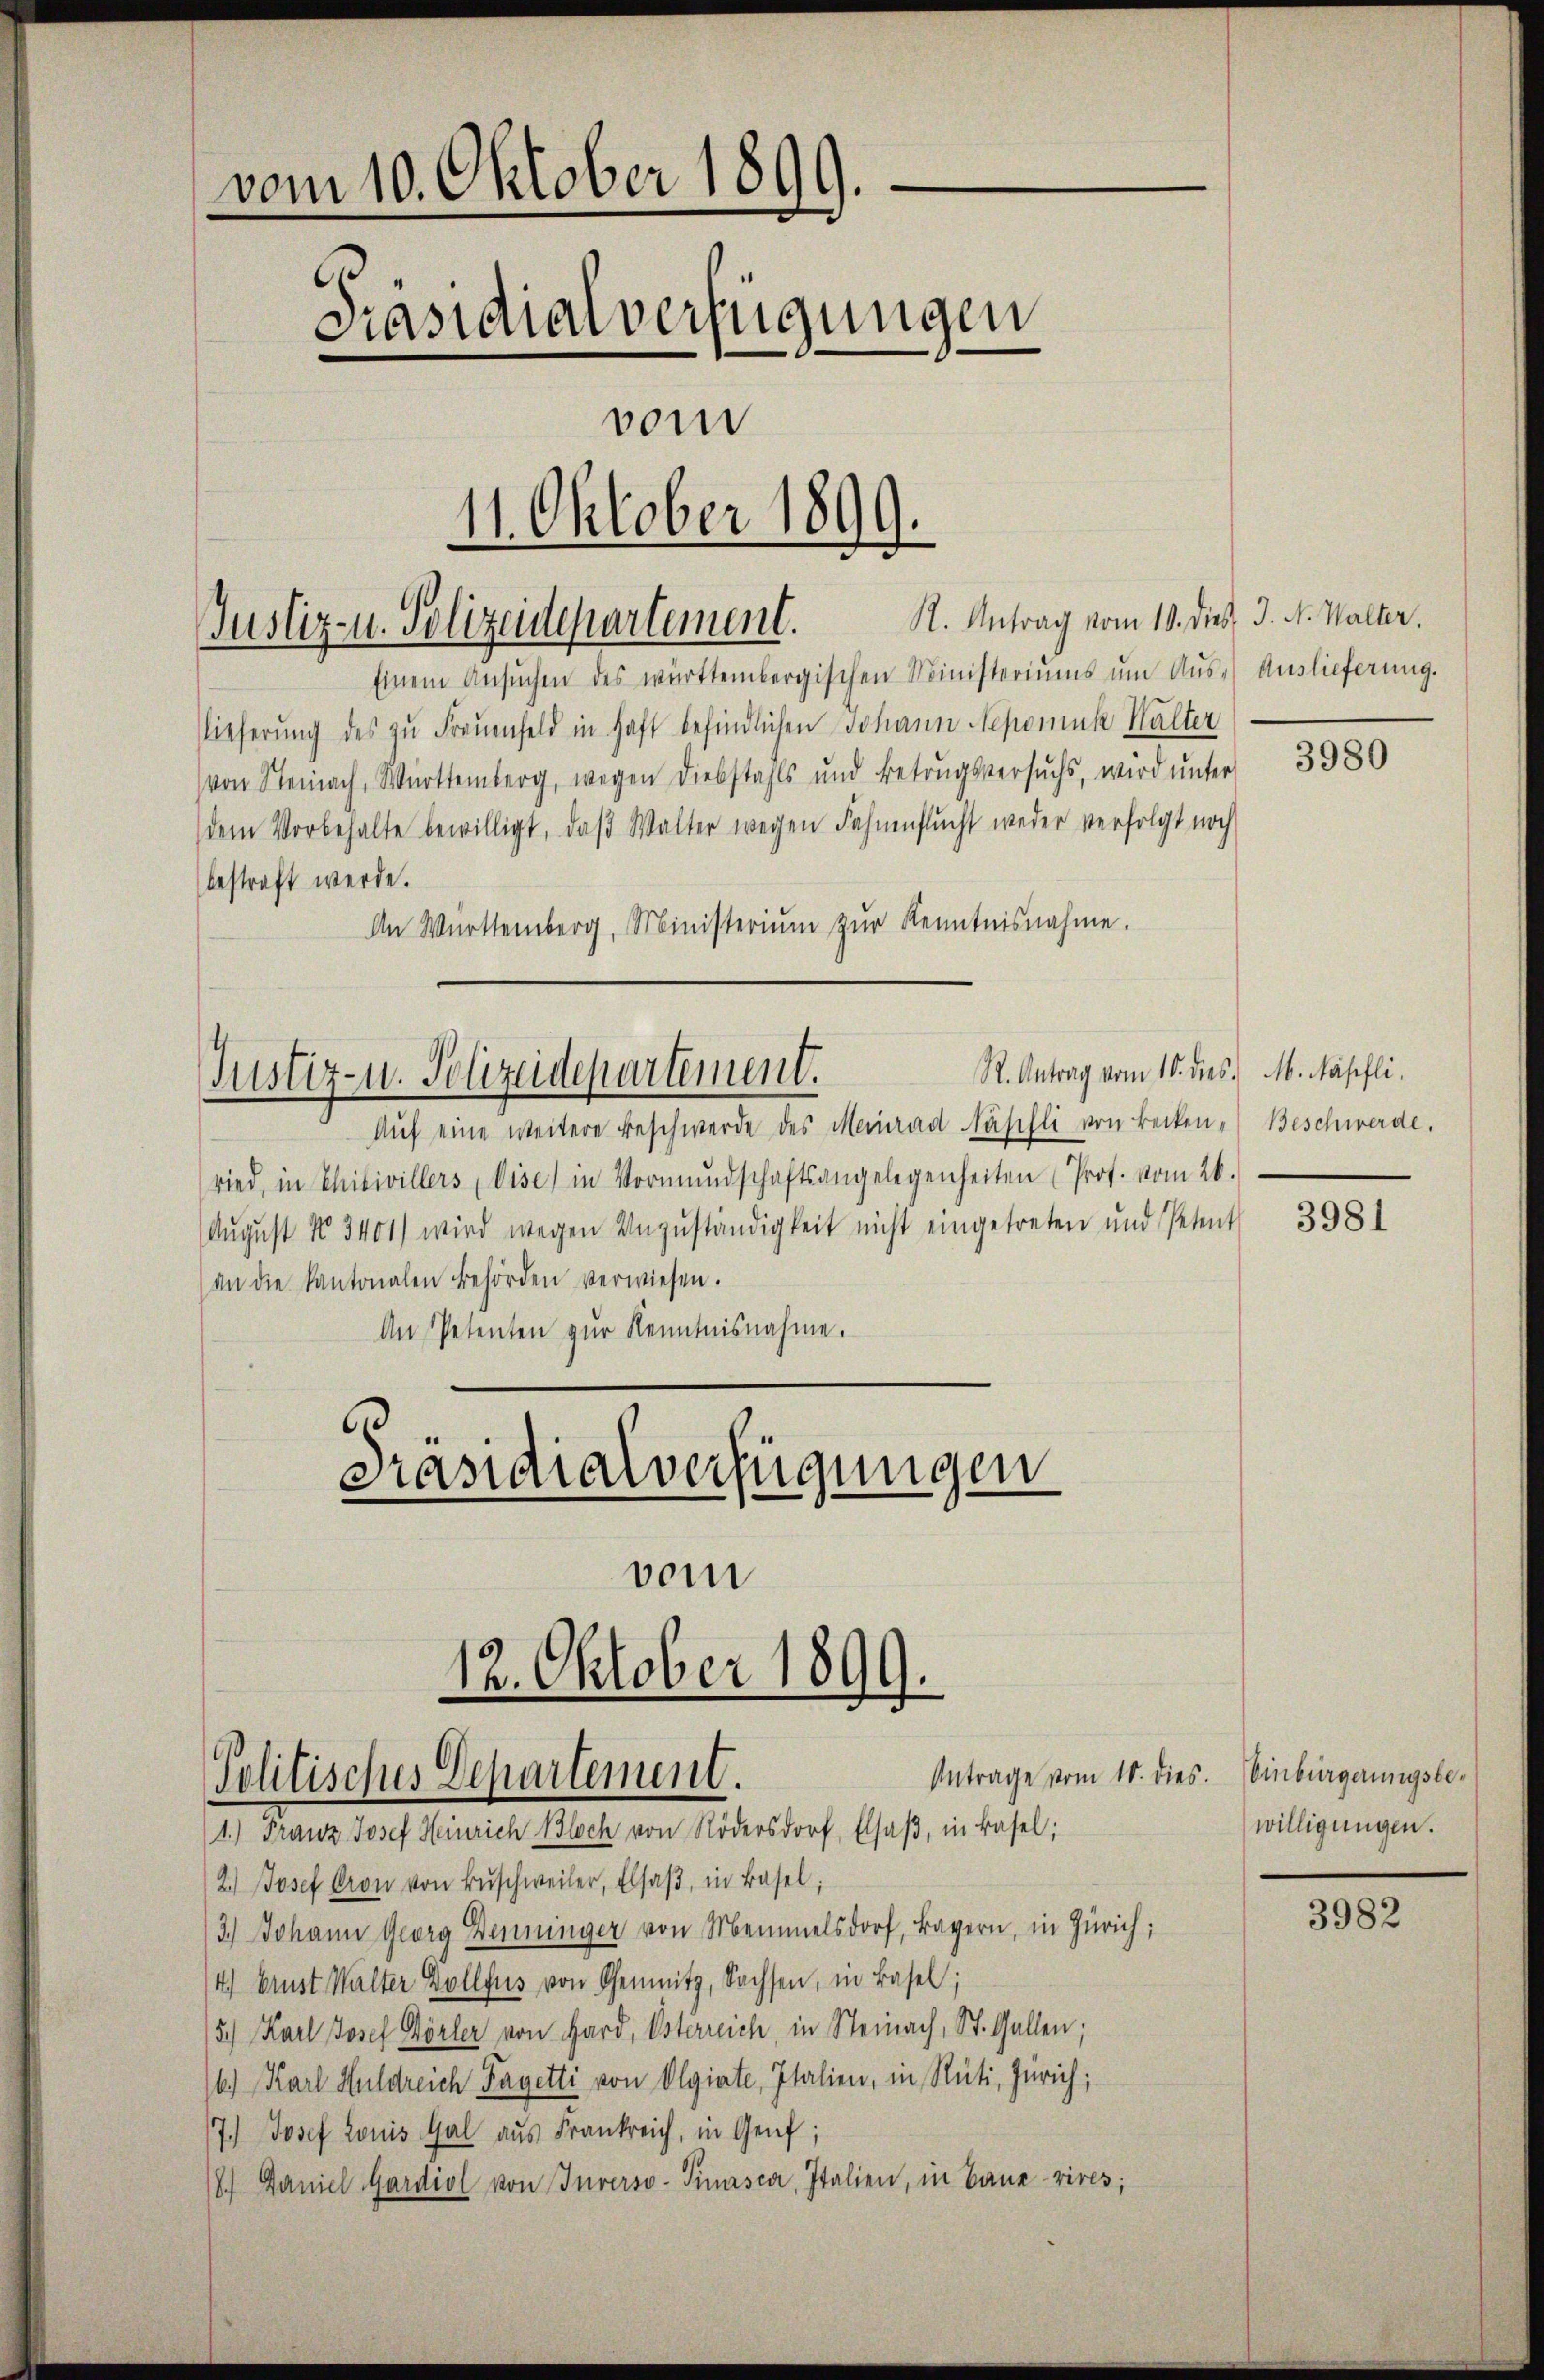
vom 10. Oktober 1899.
Präsidialverfügungen
vom
11. Oktober 1899.

R. Antrag vom 10. dies, J. N. Walter,
Justiz- u. Polizeidepartement.
Einem Ansŭchen des württembergischen Ministeriums ŭm Aŭs- Auslieferung.

Nieferung des zu Frauenfeld in haft befindlichen Johann Nepomuk Kalter
von Steinach, Württemberg, wegen Diebstahls und Betrugsversuchs, wird ŭnter
dem Vorbehalte bewilligt, daβ Walter wegen Fahnensŭcht weder verfolgt noch
bestraft werde.
An Württemberg, Ministeriŭm zŭr Kenntnisnahme.

Justiz- u. Polizeidepartement.

vom

12. Oktober 1899.
Antrage vom 10. dies.
Politisches Departement.
1.) Franz Josef Heinrich Bloch von Rödersdorf, Elsaß, in Basel;

Aŭf eine weitere Beschwerde des Meinrad Nähelli von Becken-Beschwerde.
ried, in Chibivillers (Vise) in Vormŭndschaftsangelegenheiten (Prof. vom 26.
August No 3401) wird wegen Unzuständigkeit nicht eingetreten und Petent
an die Kantonalen Behörden verwiesen.
An Petenten zŭr Kenntnisnahme.
Präsidialverfügungen

2.) Josef Cron von Büschweiler, Elsaβ, in Basel;
3.) Johann Georg Denninger von Memmelsdorf, Bayern, in Zürich;
14) Brust Walter Dollfus von Genitz, Sachsen, in Basel;
15.) Karl Josef Dörler von Hard, Usterreich, in Steinach, St. Gallen;
6) Karl Huldreich Payetti von Olgiate, Italien, in Rüti, Zürich;
7.) Josef Louis Gal aus Frankreich, in Genf;
18.) Daniel Gardiol von Inverso-Pinasca, Italien, in Bauevires;

R. Antrag vom 10. dies. M. Näpfli¬

3980

3981

Einbürgerungsbewilligungen.

3982